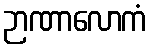
ဉာဏာလောကံ